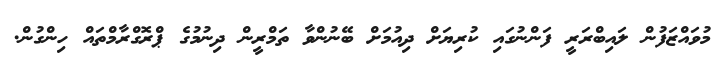
މުވައްޒަފުން ލައިބްރަރީ ފަންނުގައި ކުރިޔަށް ދިއުމަށް ބޭނުންވާ ތަމްރީން ދިނުމުގެ ޕްރޮގްރާމްތައް ހިންގުން.